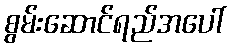
စွမ်းဆောင်ရည်အပေါ်